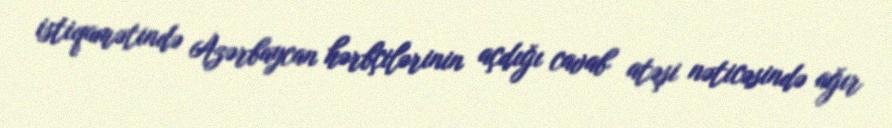
istiqamətində Azərbaycan hərbçilərinin açdığı cavab atəşi nəticəsində ağır